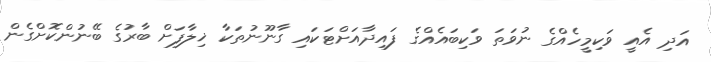
އަދި އެއީ ވަކިމީހެއްގެ ނުވަތަ ވަކިބައެއްގެ ފައިދާއަށްޓަކައި ގާނޫނުތަކާ ޚިލާފަށް ބާރުގެ ބޭނުންކޮށްގެން